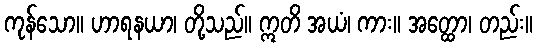
ကုန်သော။ ဟာရနယာ၊ တို့သည်။ ဣတိ အယံ၊ ကား။ အတ္ထော၊ တည်း။